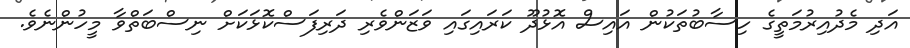
އަދި މެދުއިރުމަތީގެ ހިސާބުތަކުން އައިސް އޮޅުދޫ ކަރައިގައި ވަޒަންވެރި ދަރިފަސްކޮޅަކަށް ނިސްބަތްވާ މީހުންނެވެ.